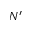
N ^ { \prime }